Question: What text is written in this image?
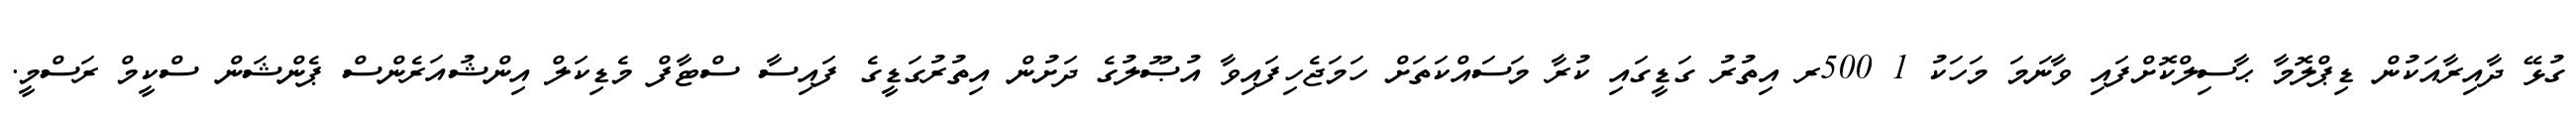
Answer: ގުޅޭ ދާއިރާއަކުން ޑިޕްލޮމާ ޙާސިލްކޮށްފައި ވާނަމަ މަހަކު 1 500ރ އިތުރު ގަޑީގައި ކުރާ މަސައްކަތަށް ހަމަޖެހިފައިވާ އުޞޫލުގެ ދަށުން އިތުރުގަޑީގެ ފައިސާ ސްޓާފް މެޑިކަލް އިންޝުއަރެންސް ޕެންޝަން ސްކީމް ރަސްމީ.